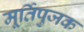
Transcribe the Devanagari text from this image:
मूर्तिपुजक